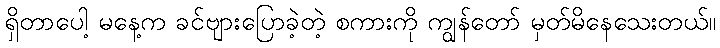
ရှိတာပေါ့ မနေ့က ခင်ဗျားပြောခဲ့တဲ့ စကားကို ကျွန်တော် မှတ်မိနေသေးတယ်။